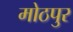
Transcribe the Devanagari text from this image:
मोठपुर